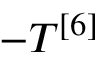
- T ^ { [ 6 ] }